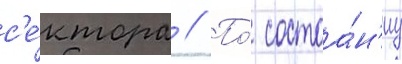
с'е́ктора // По́ состоа́н'иу